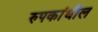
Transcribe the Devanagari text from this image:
रुपकांधील